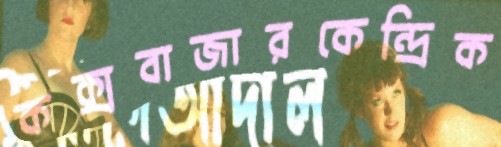
কক্সবাজারকেন্দ্রিক